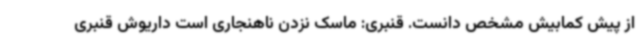
از پیش کمابیش مشخص دانست. قنبری: ماسک نزدن ناهنجاری است داریوش قنبری